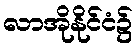
လာအိုနိုင်ငံ၌